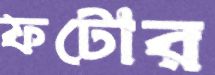
ফটোর